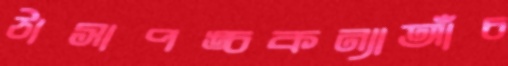
ঠাসাপঙ্চকন্যাআঁচ